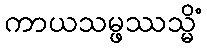
ကာယသမ္ဖဿသ္မိံ